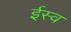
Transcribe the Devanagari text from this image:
ईस्व